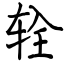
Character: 辁